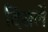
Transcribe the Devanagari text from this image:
दिसलें